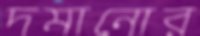
দমানোর